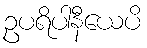
ဥပရိပါနီယေပိ